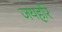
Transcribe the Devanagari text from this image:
जयहरि